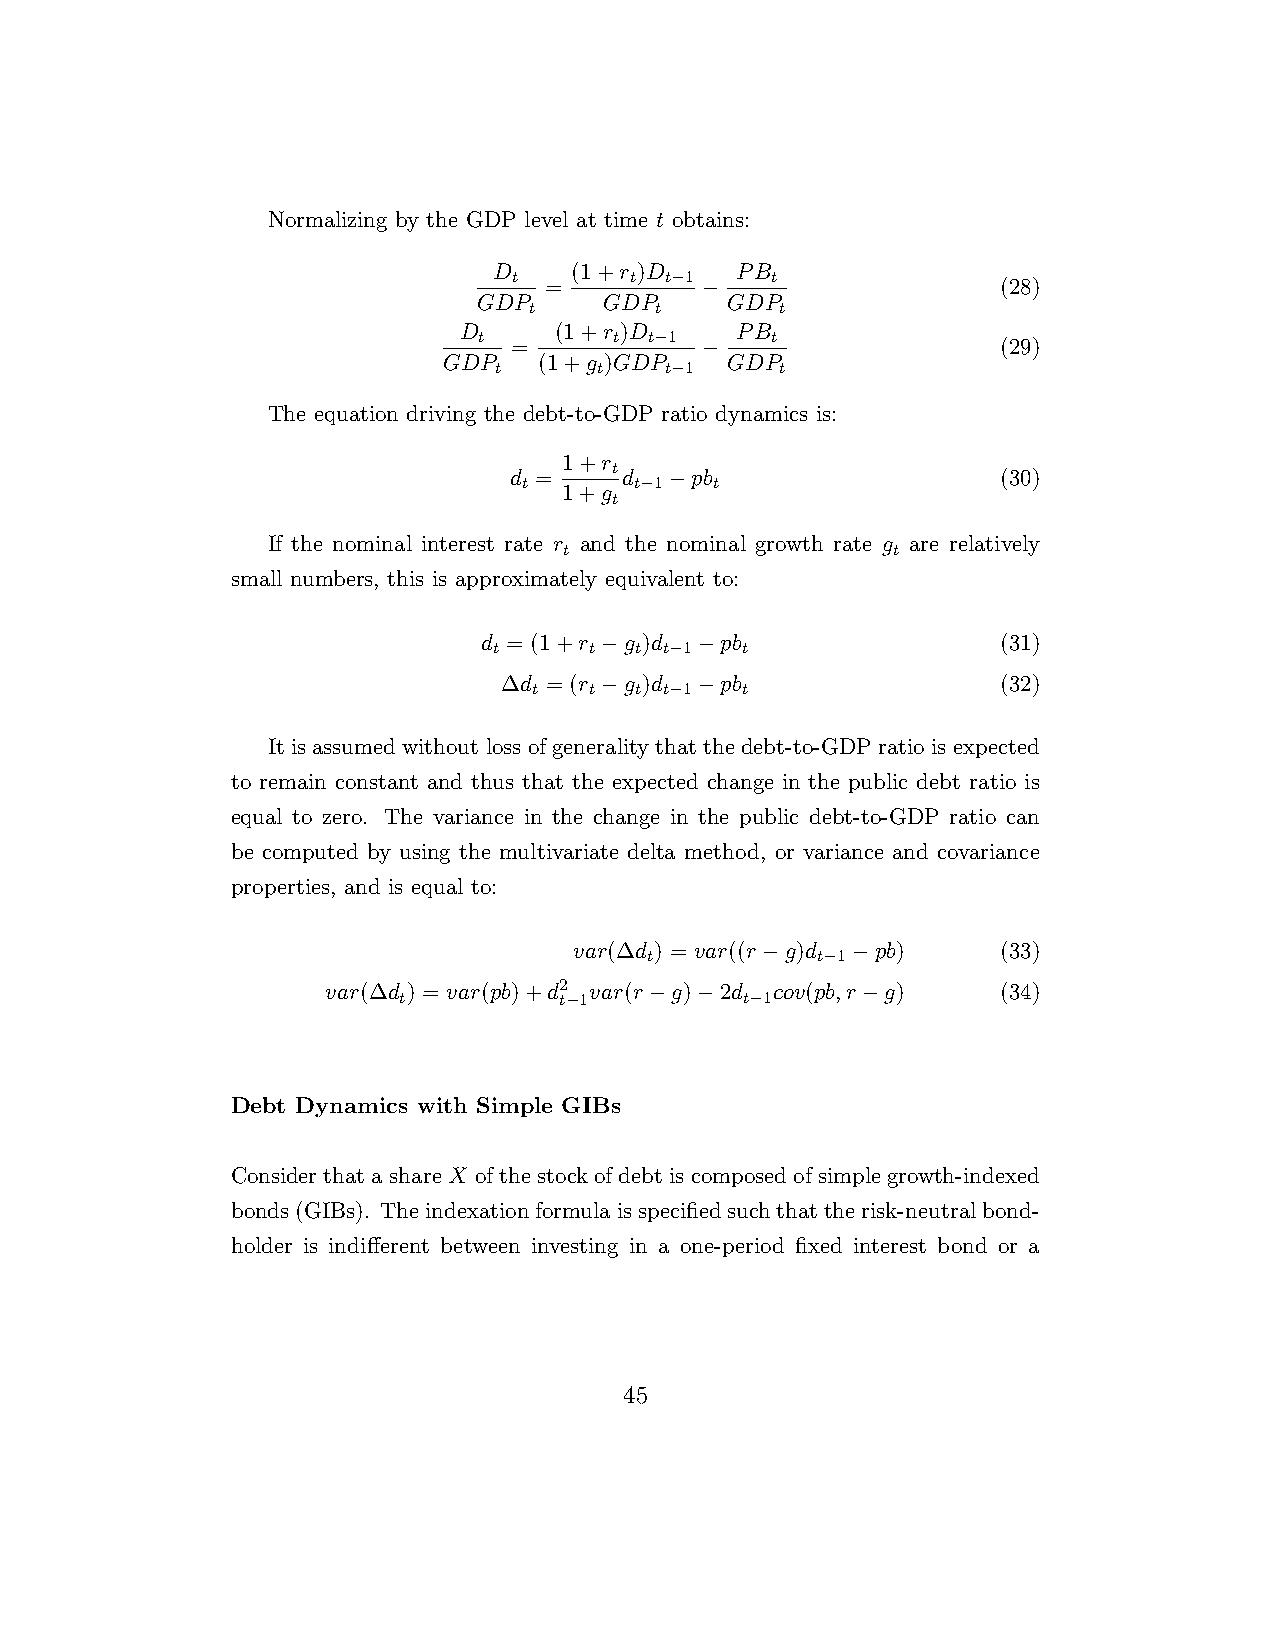
Normalizing by the GDP level at time t obtains:
 D    (1+r )D    PB
 t       t t−1    t
 =         −                   (28)
 GDP     GDP     GDP
 t       t        t
 D      (1+r )D     PB
 t        t t−1     t
 =           −                   (29)
 GDP    (1+g )GDP   GDP
 t     t    t−1     t
 The equation driving the debt-to-GDP ratio dynamics is:
 1+r
 t
 d =    d  −pb                   (30)
 t      t−1  t
 1+g
 t
 If the nominal interest rate r and the nominal growth rate g are relatively
 t                     t
 small numbers, this is approximately equivalent to:
 d = (1+r −g )d −pb                (31)
 t     t  t t−1  t
 ∆d = (r −g )d −pb                (32)
 t   t  t t−1  t
 It is assumed without loss of generality that the debt-to-GDP ratio is expected
 to remain constant and thus that the expected change in the public debt ratio is
 equal to zero. The variance in the change in the public debt-to-GDP ratio can
 be computed by using the multivariate delta method, or variance and covariance
 properties, and is equal to:
 var(∆d ) = var((r−g)d −pb)  (33)
 t          t−1
 var(∆d ) = var(pb)+d2 var(r−g)−2d cov(pb,r−g) (34)
 t          t−1         t−1
 Debt Dynamics with Simple GIBs
 ConsiderthatashareX ofthestockofdebtiscomposedofsimplegrowth-indexed
 bonds(GIBs). Theindexationformulaisspecifiedsuchthattherisk-neutralbond-
 holder is indifferent between investing in a one-period fixed interest bond or a
 45